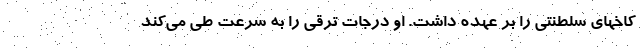
كاخهاى سلطنتى را بر عهده داشت. او درجات ترقی را به سرعت طی می‌کند